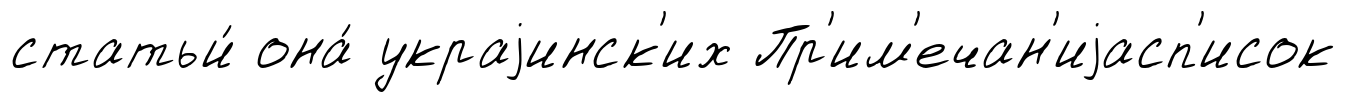
статьи́ она́ украjинск'их Пр'им'ечан'иjасп'исок